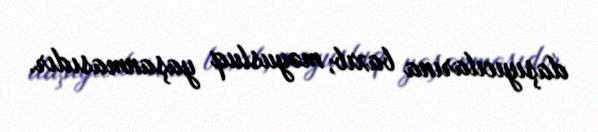
daşıyıcılarına baxıb, məyusluq yaşanmasıdır.